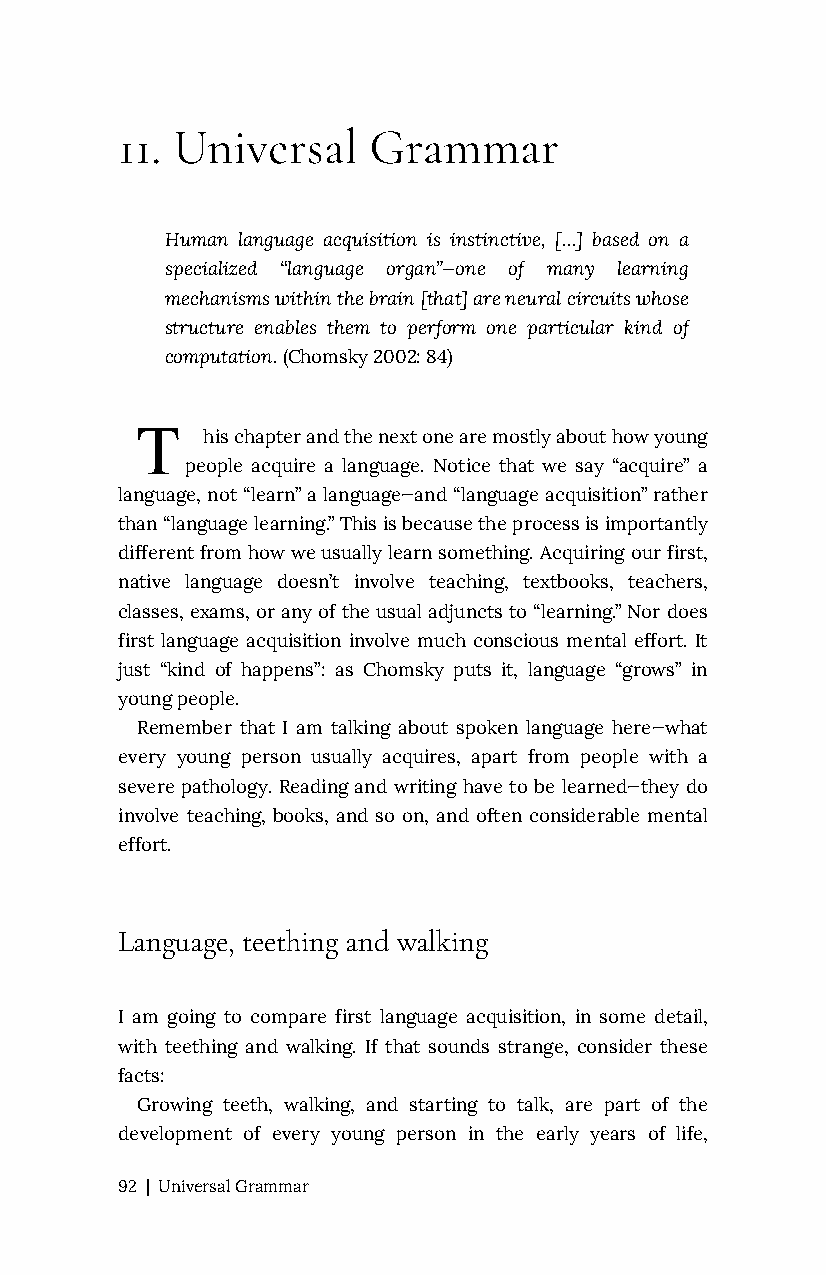
11. Universal   Grammar
 Human language acquisition is instinctive, […] based on a
 specialized “language organ”—one of many learning
 mechanisms within the brain [that] are neural circuits whose
 structure enables them to perform one particular kind of
 computation. (Chomsky 2002: 84)
 T
 his chapter and the next one are mostly about how young
 people acquire a language. Notice that we say “acquire” a
 language, not “learn” a language—and “language acquisition” rather
 than “language learning.” This is because the process is importantly
 different from how we usually learn something. Acquiring our first,
 native language doesn’t involve teaching, textbooks, teachers,
 classes, exams, or any of the usual adjuncts to “learning.” Nor does
 first language acquisition involve much conscious mental effort. It
 just “kind of happens”: as Chomsky puts it, language “grows” in
 young people.
 Remember that I am talking about spoken language here—what
 every young person usually acquires, apart from people with a
 severe pathology. Reading and writing have to be learned—they do
 involve teaching, books, and so on, and often considerable mental
 effort.
 Language, teething and walking
 I am going to compare first language acquisition, in some detail,
 with teething and walking. If that sounds strange, consider these
 facts:
 Growing teeth, walking, and starting to talk, are part of the
 development of every young person in the early years of life,
 92 | Universal Grammar